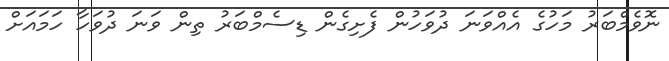
ނޮވެމްބަރު މަހުގެ އެއްވަނަ ދުވަހުން ފެށިގެން ޑިސެމްބަރު ތިން ވަނަ ދުވަހާ ހަމައަށް